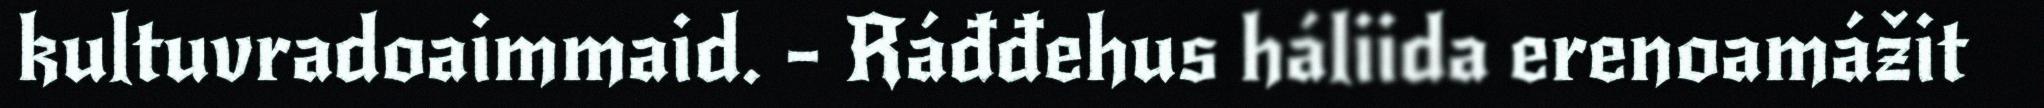
kultuvradoaimmaid. - Ráđđehus háliida erenoamážit